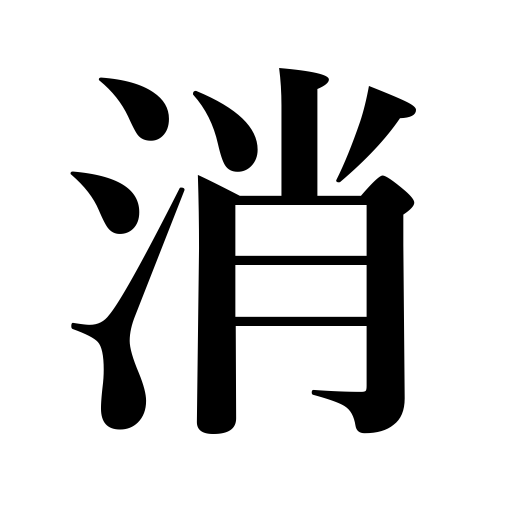
Meanings: neutralize odors or poisons,die out,erase,melt away,deaden noise,cancel in fractions,be extinguished,blow out,extinguish,wear away,turn off,cross out,disappear,burst as a bubble